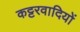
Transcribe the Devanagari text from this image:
कट्टरवादियों